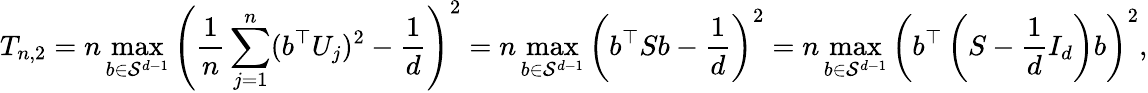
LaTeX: T_{n,2}=n\operatorname*{max}_{b\in\mathcal{S}^{d-1}}\left(\frac 1n\sum_{j=1}^{n}(b^{\top}U_{j})^{2}-\frac 1{d}\right)^{2}=n\operatorname*{max}_{b\in\mathcal{S}^{d-1}}\left(b^{\top}Sb-\frac 1d\right)^{2}=n\operatorname*{max}_{b\in\mathcal{S}^{d-1}}\left(b^{\top}\left(S-\frac 1dI_{d}\right)b\right)^{2},